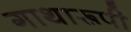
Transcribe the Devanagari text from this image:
गाथारूपी